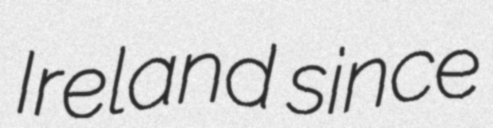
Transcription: Ireland since